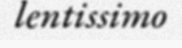
lentissimo